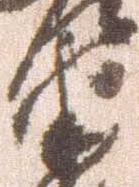
衛